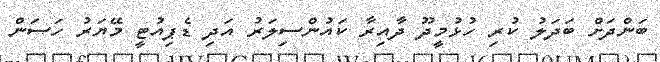
ބަންދަށް ބަދަލު ކުރި ހުޅުމީދޫ ދާއިރާ ކައުންސިލަރު އަދި ޑެޕިއުޓީ މޭޔަރު ހަސަން